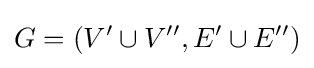
G=(V'\cup V'',E'\cup E'')